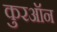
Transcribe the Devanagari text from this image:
कुरऑन